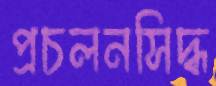
প্রচলনসিদ্ধ